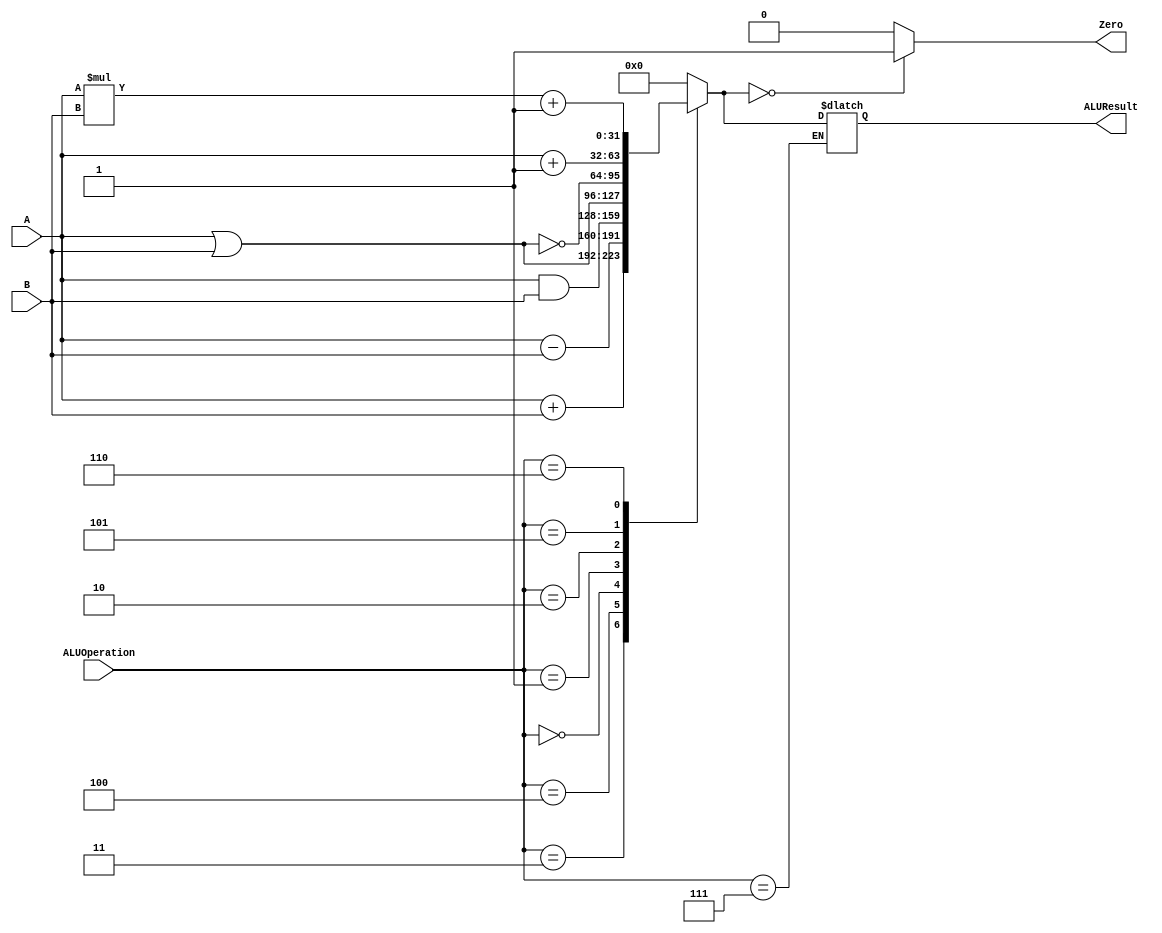
module ALU 
(
	input [3:0] ALUOperation,
	input [31:0] A,
	input [31:0] B,
	output reg Zero,
	output reg [31:0]ALUResult
);
localparam AND = 4'b0000;
localparam OR  = 4'b0001;
localparam NOR = 4'b0010;
localparam ADD = 4'b0011;
localparam SUB = 4'b0100;
//localparam MULT= 4'b0101;
//localparam MFLO= 4'b0110;
localparam INC 		= 4'b0101;
localparam MULTPLUS 	= 4'b0110;
localparam MOV			= 4'b0111;

   
   always @ (A or B or ALUOperation)
     begin
		case (ALUOperation)
		  ADD: // add
			ALUResult=A + B;//5/10/2015
		  SUB: // sub
			ALUResult=A - B;
		  AND: // and
			ALUResult= A & B;
		  OR: // or
			ALUResult= A | B;
		  NOR: // or
			ALUResult= ~(A|B);
		  //MULT:// mult
		  // ALUResult= A*B;
		  INC: //x++;
		   ALUResult= A + 1'b1;
		  MULTPLUS: //A*B +1
			ALUResult= (A*B) + 1'b1;
		  MOV:
			ALURESULT = B;
			
			
			
		default:
			ALUResult= 0;
		endcase // case(control)
		Zero = (ALUResult==0) ? 1'b1 : 1'b0;
     end // always @ (A or B or control)
endmodule